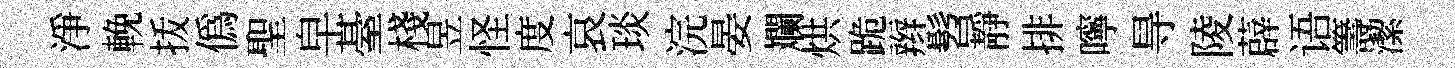
淨輓㧞僞聖皁䑓棧昱怪度哀琰浣晏斕烘跪辫髫靜排嚀㝵陵薜语籌潔